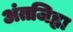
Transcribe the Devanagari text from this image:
अंतजिह्वा